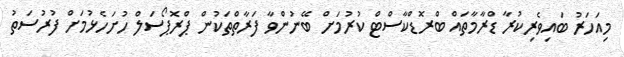
މިއަހަރު ބައިވެރިކުރާ ޑްރާމާތައް ބްރޮޑްކާސްޓް ކުރުމަށް ބޭނުންވާ ފަރާތްތަކުން ޕްރޮޕޯސަލް ހުށަހެޅުމަށް ފުރުސަތު